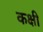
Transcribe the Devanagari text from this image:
कक्षी